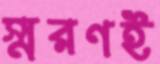
স্মরণই